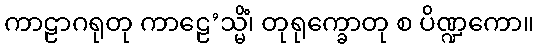
ကာဠာဂရုတု ကာဠေ’သ္မိံ၊ တုရုက္ခောတု စ ပိဏ္ဍကော။